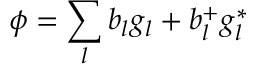
\phi = \sum _ { l } b _ { l } g _ { l } + b _ { l } ^ { + } g _ { l } ^ { * }